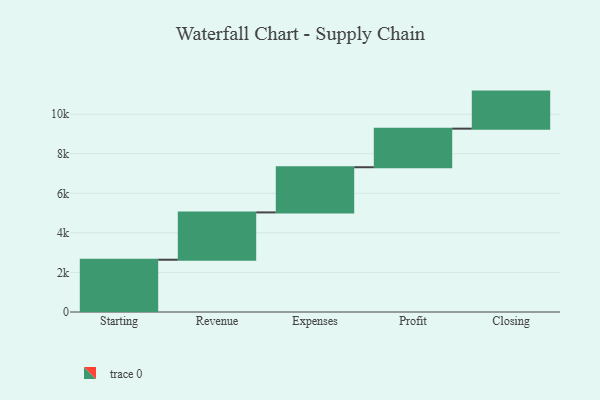
{"axis": {"x": "Step", "y": "Value"}, "legend": [""], "data": [{"x": "Starting", "y": 2642.0, "type": ""}, {"x": "Revenue", "y": 2392.0, "type": ""}, {"x": "Expenses", "y": 2284.0, "type": ""}, {"x": "Profit", "y": 1950.0, "type": ""}, {"x": "Closing", "y": 1873.0, "type": ""}]}